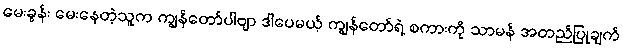
မေးခွန်း မေးနေတဲ့သူက ကျွန်တော်ပါဗျာ ဒါပေမယ့် ကျွန်တော်ရဲ့ စကားကို သာမန် အတည်ပြုချက်